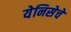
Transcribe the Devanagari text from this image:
येनिसेचे